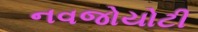
નવજોયોટી